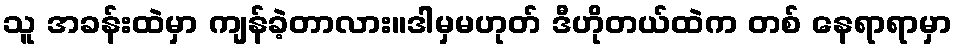
သူ အခန်းထဲမှာ ကျန်ခဲ့တာလား။ဒါမှမဟုတ် ဒီဟိုတယ်ထဲက တစ် နေရာရာမှာ